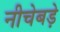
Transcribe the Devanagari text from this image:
नीचेबड़े